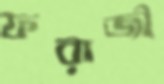
ফরাজী